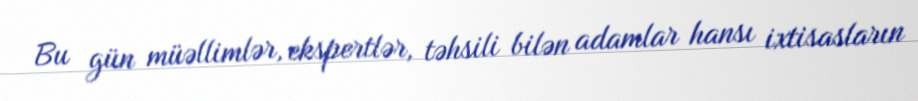
Bu gün müəllimlər, ekspertlər, təhsili bilən adamlar hansı ixtisasların